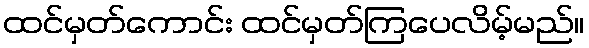
ထင်မှတ်ကောင်း ထင်မှတ်ကြပေလိမ့်မည်။